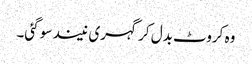
وہ کروٹ بدل کر گہری نیند سو گئی۔